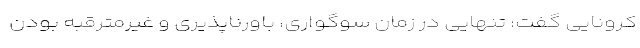
کرونایی گفت: تنهایی در زمان سوگواری، باورناپذیری و غیرمترقبه بودن